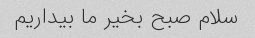
سلام صبح بخیر ما بیداریم